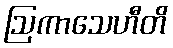
ဩကာသေဟီတိ